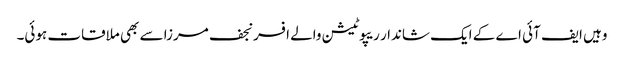
وہیں ایف آئی اے کے ایک شاندار ریپوٹیشن والے افسر نجف مرزا سے بھی ملاقات ہوئی۔